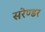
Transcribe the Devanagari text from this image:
सरेण्डर